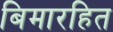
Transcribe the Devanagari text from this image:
बिमारहित